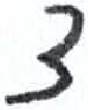
אות: ד